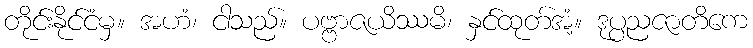
တိုင်းနိုင်ငံမှ။ အဟံ၊ ငါသည်။ ပဗ္ဗာဇယိဿမိ၊ နှင်ထုတ်အံ့။ ဒုပ္ပညဇာတိကေ